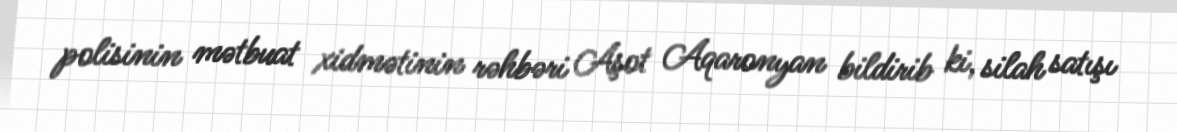
polisinin mətbuat xidmətinin rəhbəri Aşot Aqaronyan bildirib ki, silah satışı